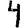
Digit: 4